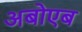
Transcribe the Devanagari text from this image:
अबोएब